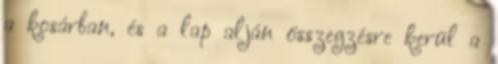
a kosárban, és a lap alján összegzésre kerül a